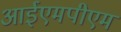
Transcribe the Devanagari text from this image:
आईएमपीएम